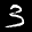
Label: 3